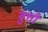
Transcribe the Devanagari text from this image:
बुत्ती